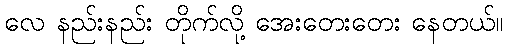
လေ နည်းနည်း တိုက်လို့ အေးတေးတေး နေတယ်။